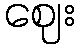
ဈေး